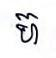
ហ៊